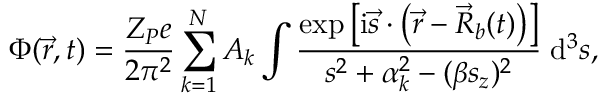
\Phi ( \vec { r } , t ) = { \displaystyle \frac { Z _ { P } e } { 2 \pi ^ { 2 } } \sum _ { k = 1 } ^ { N } A _ { k } \int \frac { \exp \left[ \mathrm { i } \vec { s } \cdot \left( \vec { r } - \vec { R } _ { b } ( t ) \right) \right] } { s ^ { 2 } + \alpha _ { k } ^ { 2 } - ( \beta s _ { z } ) ^ { 2 } } \; \mathrm { d } ^ { 3 } s } ,